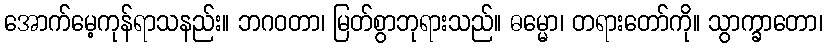
အောက်မေ့ကုန်ရာသနည်း။ ဘဂဝတာ၊ မြတ်စွာဘုရားသည်။ ဓမ္မော၊ တရားတော်ကို။ သွာက္ခာတော၊